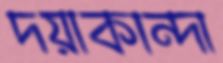
দয়াকান্দা